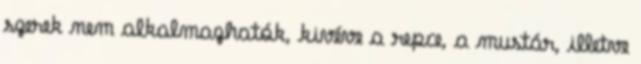
szerek nem alkalmazhatók, kivéve a repce, a mustár, illetve